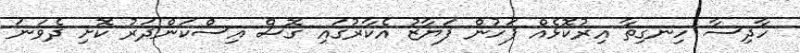
ހާދިސާ ހިނގިތާ އިރުކޮޅެއް ފަހުން ފަޔާޒު އެކާރުގައި ގޮސް އިސްކަންދަރު ކޮށި ދެވަނަ